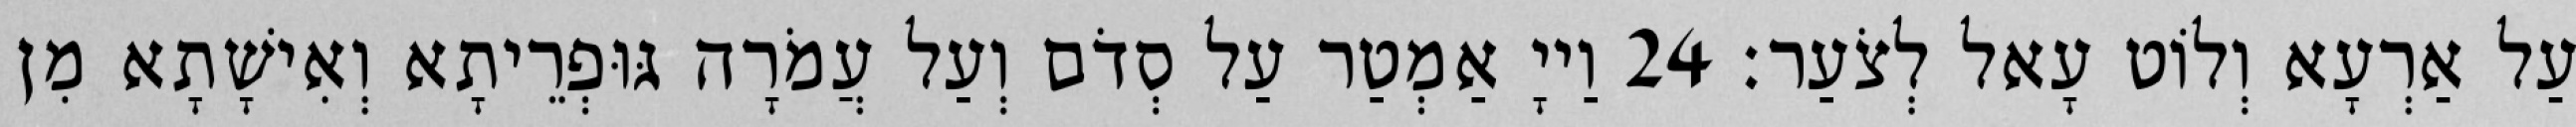
עַל אַרְעָא וְלוֹט עָאל לְצֹעַר׃ 24 וַייָ אַמְטַר עַל סְדֹם וְעַל עֲמֹרָה גּוּפְרֵיתָא וְאִישָׁתָא מִן